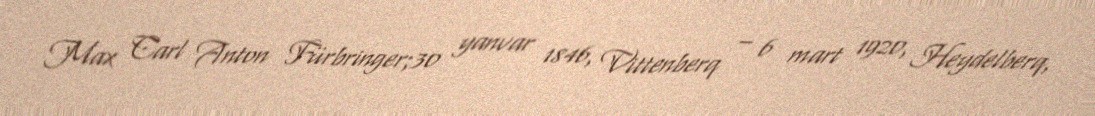
Max Carl Anton Fürbringer;30 yanvar 1846, Vittenberq – 6 mart 1920, Heydelberq,